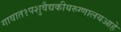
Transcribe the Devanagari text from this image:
गावात१पशुवैद्यकीयरुग्णालयआहे